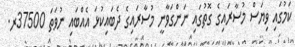
ކަމުގައި ވިޔަސް މުސާރައިގެ ގޮތުގައި ނަންގަވާނީ މުސާރައިގެ ދެބައިކުޅަ އެއްބައި ނުވަތަ 37500ރ.